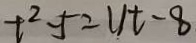
t ^ { 2 } - 5 = 1 1 t - 8